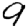
Digit: 9